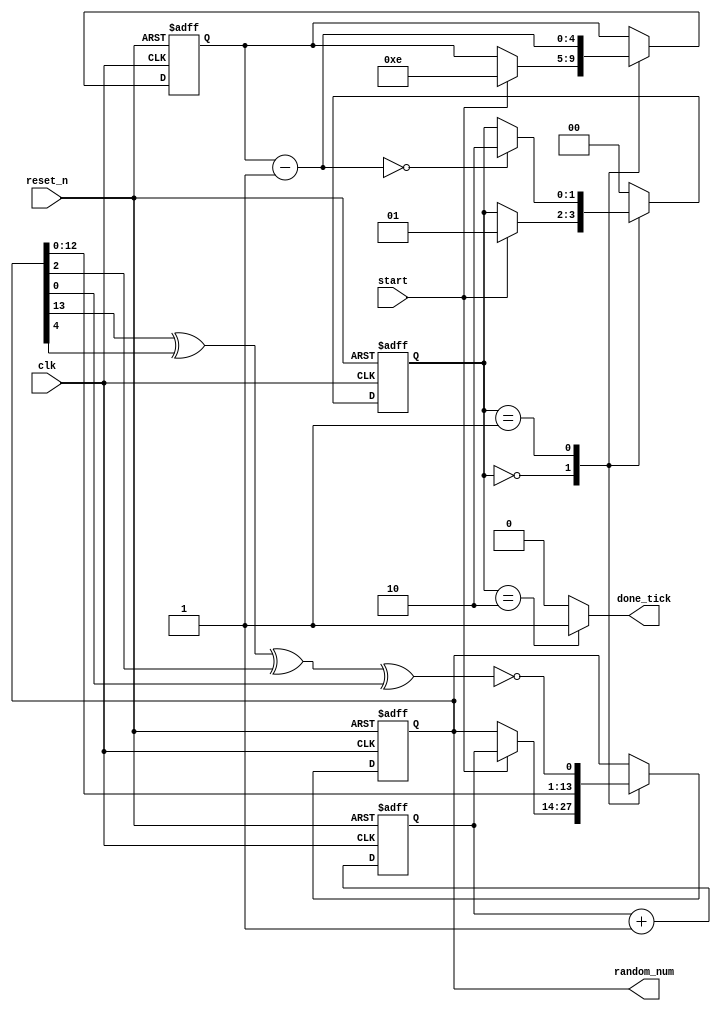
module lfsr
(
	input clk,reset_n,
	input start,
	output reg done_tick,
	output [13:0] random_num
);

reg [13:0] q_reg;
wire [13:0] q_next;
always @(posedge clk or negedge reset_n)
begin
	if(~reset_n)
		q_reg <= 0;
	else
		q_reg<=q_next;
end
assign q_next= q_reg + 1;

reg [1:0] current_state,next_state;
reg [13:0] random_num_reg,random_num_next;
reg [4:0] shift_count_reg,shift_count_next;
wire linear_feedback;

localparam [1:0]
	idle=2'b00,
	shift=2'b01,
	done = 2'b10;

always @(posedge clk or negedge reset_n)
begin
	if(~reset_n)
	begin
		current_state <= idle;
		random_num_reg<=0;
		shift_count_reg <=0;
	end
	else
	begin
		current_state<=next_state;
		random_num_reg<=random_num_next;
		shift_count_reg<=shift_count_next;
	end
end
always @*
begin
	next_state = current_state;
	done_tick=0;
	random_num_next=random_num_reg;
	shift_count_next=shift_count_reg;
	case(current_state)
		idle:
			if(start)
			begin
				random_num_next= q_reg;
				shift_count_next=6'd14;
				next_state = shift;
			end
		shift:
		begin
			random_num_next={random_num_reg[12:0],linear_feedback};
			shift_count_next = shift_count_reg-1;
			if(shift_count_next==0)
				next_state = done;
		end
		done:
		begin
			done_tick=1;
			next_state= idle;
		end
		default:
			next_state = idle;
	endcase
end
assign linear_feedback=~(random_num_reg[13]^ random_num_reg[4]
^random_num_reg[2] ^ random_num_reg[0]);
assign random_num = random_num_reg;

endmodule